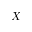
X